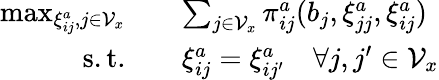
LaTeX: \begin{array}{rl}{\operatorname*{max}_{\xi_{ij}^{a},j\in\mathcal{V}_{x}}\quad}&{\sum_{j\in\mathcal{V}_{x}}\pi_{ij}^{a}(b_{j},\xi_{jj}^{a},\xi_{ij}^{a})}\\ {\mathrm{s.t.}\quad}&{\xi_{ij}^{a}=\xi_{ij^{\prime}}^{a}\quad\forall j,j^{\prime}\in\mathcal{V}_{x}}\end{array}